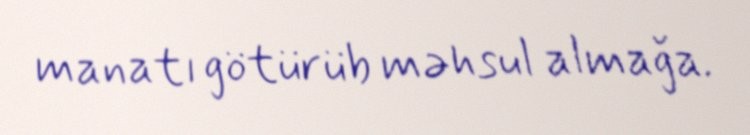
manatı götürüb məhsul almağa.